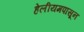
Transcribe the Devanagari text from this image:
हेलीयमपासून